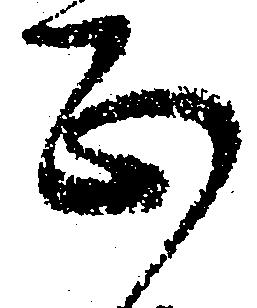
正